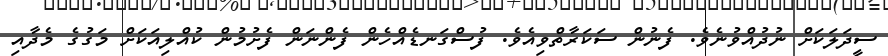
ސީދަލަކަށް ނުދުއްވުނެވެ. ފެނުން ސަކަރާތްވިއެވެ. ފުސްގަނޑެއްހެން ފެންނަން ފެށުމުން ކުއްލިއަކަށް މަގުގެ މެދާއި